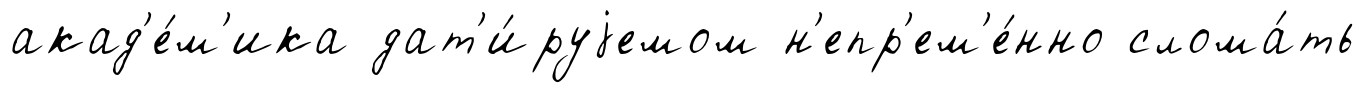
акад'е́м'ика дат'и́руjемом н'епр'ем'е́нно слома́ть